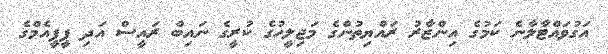
އަގުވައްޓާލާނެ ކަމުގެ އިންޒާރު ރައްޔިތުންގެ މަޖިލީހުގެ ކުރީގެ ނައިބް ރައީސް އަދި ޕީޕީއެމްގެ